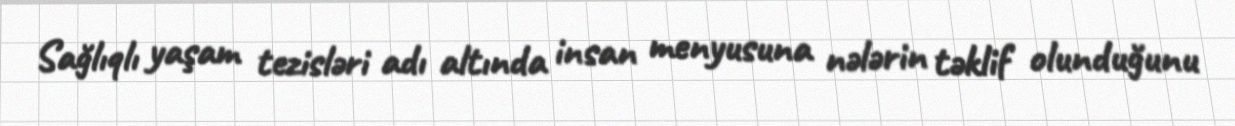
Sağlıqlı yaşam tezisləri adı altında insan menyusuna nələrin təklif olunduğunu